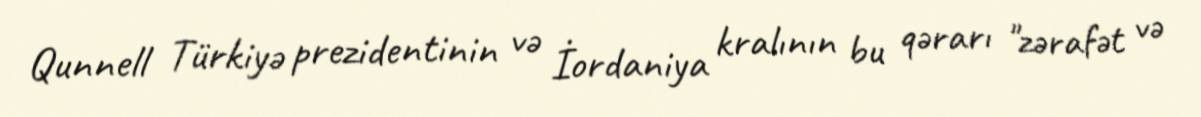
Qunnell Türkiyə prezidentinin və İordaniya kralının bu qərarı "zərafət və